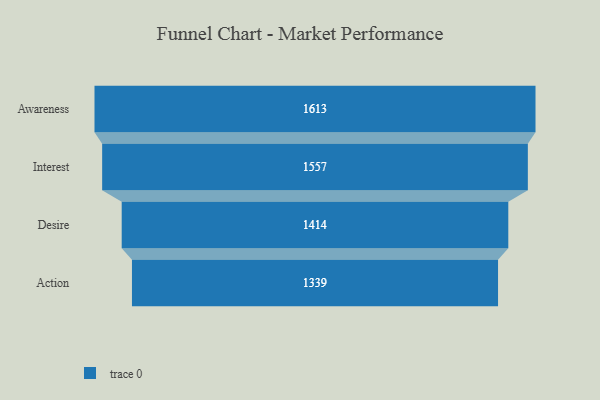
{"axis": {"x": "Stage", "y": "Value"}, "legend": [""], "data": [{"x": "Awareness", "y": 1613.0, "type": ""}, {"x": "Interest", "y": 1557.0, "type": ""}, {"x": "Desire", "y": 1414.0, "type": ""}, {"x": "Action", "y": 1339.0, "type": ""}]}